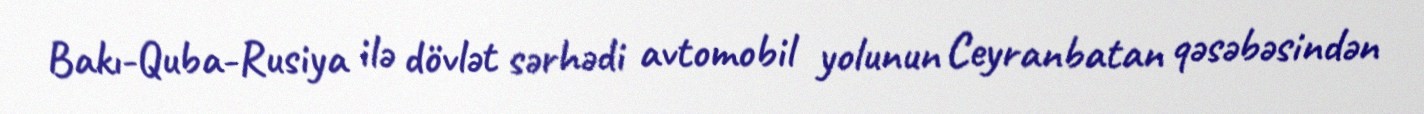
Bakı-Quba-Rusiya ilə dövlət sərhədi avtomobil yolunun Ceyranbatan qəsəbəsindən